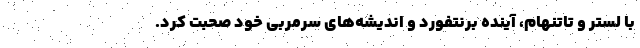
با لستر و تاتنهام، آینده برنتفورد و اندیشه‌های سرمربی خود صحبت کرد.‌